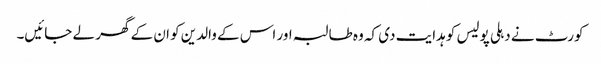
کورٹ نے دہلی پولیس کو ہدایت دی کہ وہ طالبہ اور اس کے والدین کو ان کے گھر لے جائیں۔